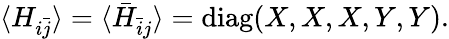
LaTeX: \langle H_{i\bar{j}}\rangle=\langle\bar{H}_{\bar{i}j}\rangle=\mathrm{diag}(X,X,X,Y,Y).